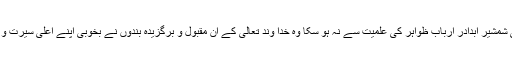
جو کام غازیان اسلام کی شمشیر اَبدادر ارباب ظواہر کی علمیت سے نہ ہو سکا وہ خدا وند تعالیٰ کے ان مقبول و برگزیدہ بندوں نے بخوبی اپنے اعلی سیرت و کردار سے سرانجام دیا۔